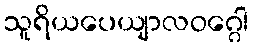
သူရိယပေယျာလဝဂ္ဂေါ